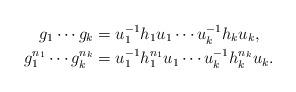
LaTeX: \begin{align*}g_1\cdots g_k&= u_1^{-1}h_1u_1\cdots u_k^{-1}h_ku_k,\\g_1^{n_1}\cdots g_k^{n_k}&= u_1^{-1}h_1^{n_1}u_1 \cdots u_k^{-1}h_k^{n_k}u_k.\end{align*}